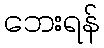
ဘေးရန်